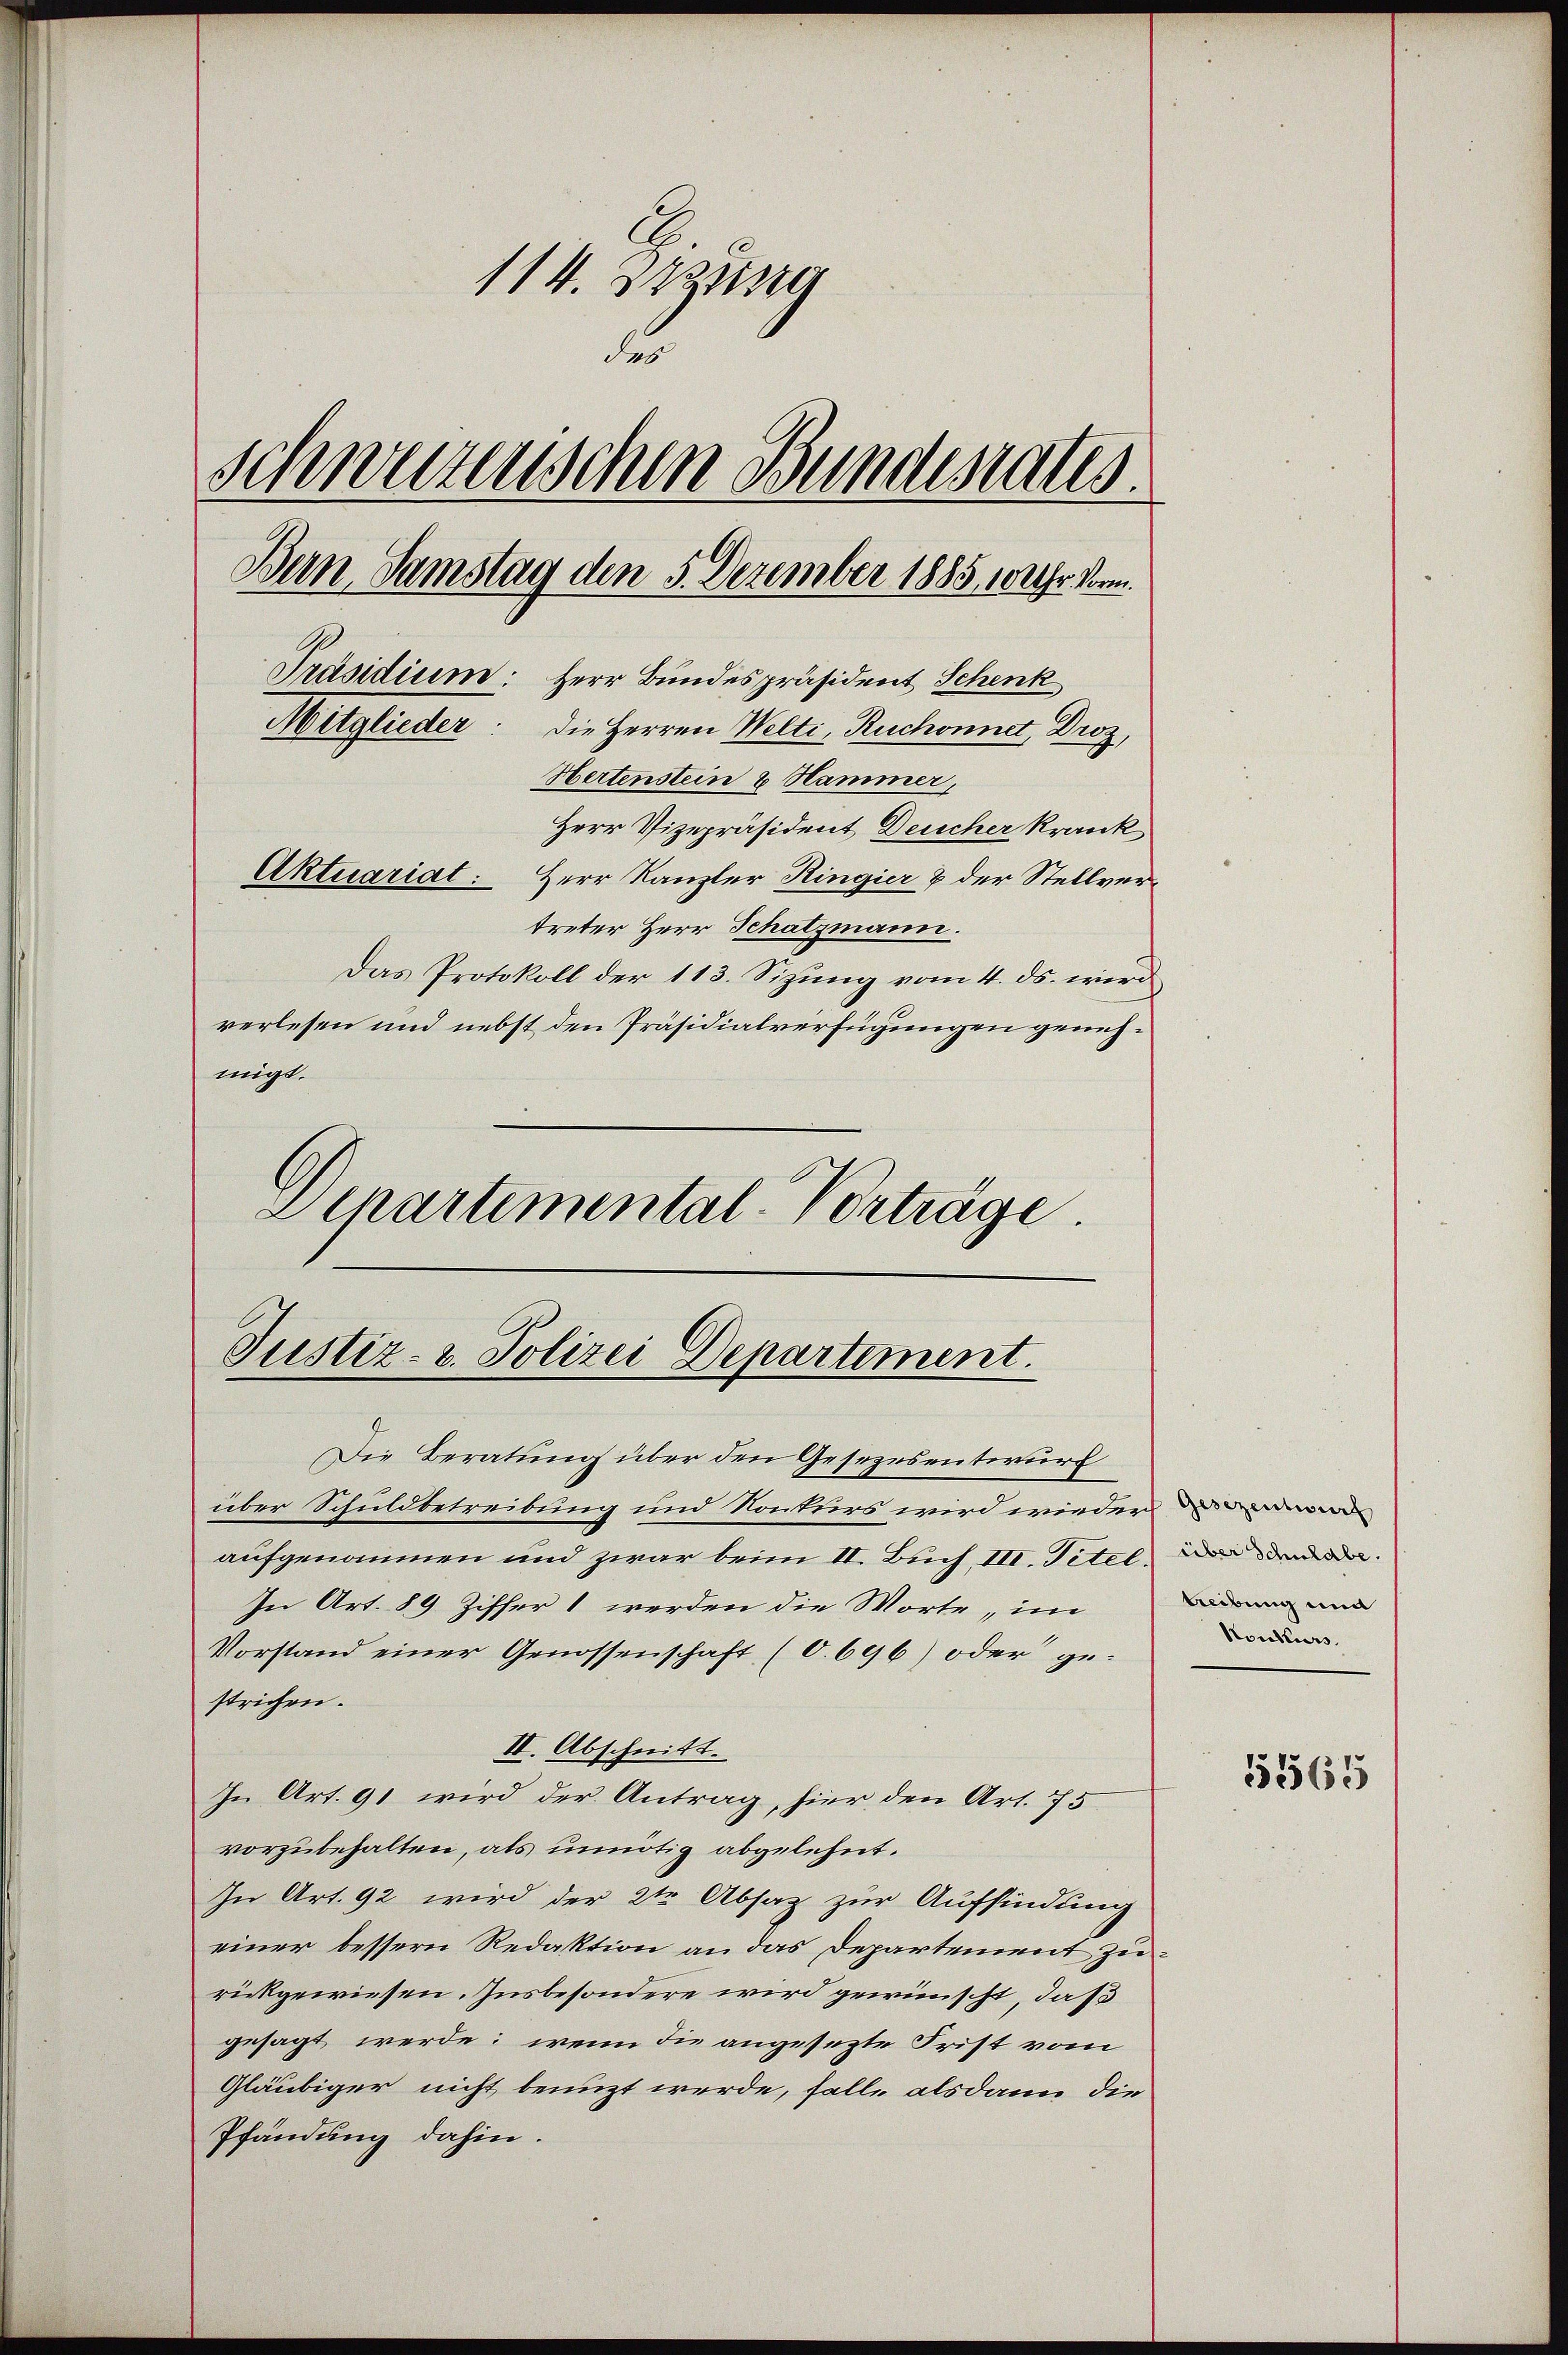
114. zusa
des
schweizerischen Bundesatts.
Bern, Samstag den 5. Dezember 1885, 10 Uhr Vorm.
Präsidium: Herr Bundespräsident Schenk
Mitglieder: die Herren Welti, Ruchonnet, Droz,
Hertenstein & Hammer,
Herr Vizepräsident Deucher krank
Aktuariat: Herr Kanzler Ringier & der Stellvertreter Herr Schatzmann.
Das Protokoll der 113. Sizŭng vom 4. ds. wird
verlesen und nebst den Präsidialverfügungen genehmigt.

Schartemental-Vorträge.

Justiz- u. Polizei Departement.

Die Beratung über den Gesezesentwurf
über Schuldbetreibung und Konkurs wird wieder werden
aufgenommen und zwar beim II. Buch III. Titel an de
In Art. 89 Ziffer 1 werden die Worte, im
Vorstand einer Genossenschaft (O.696) oder gestrichen.
II. Abschnitt.
In Art. 91 wird der Antrag, hier den Art. 75
vorzubehalten, als unnötig abgelehnt.
In Art. 92 wird der 2ten Absaz zur Auffindung
einer bessern Redaktion an das Departement zurückgewiesen. Insbesondere wird gewünscht, daß
gesagt werde; wenn die angesezte Frist vom
Gläubiger nicht benuzt werde, falle alsdann die
Pfändung dahin.

treibung und
Konkurs.

151565